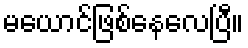
မယောင်ဖြစ်နေလေပြီ။